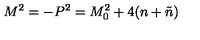
M ^ { 2 } = - P ^ { 2 } = M _ { 0 } ^ { 2 } + 4 ( n + \tilde { n } )